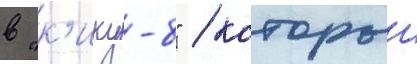
в "к'ику-8" / которыи